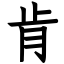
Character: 肯